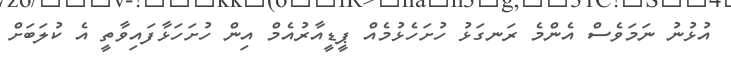
އުޅުނު ނަމަވެސް އެންމެ ރަނގަޅު ހުށަހެޅުމެއް ޕީޑީއާރުއެމް އިން ހުށަހަޅާފައިވާތީ އެ ކުލަބަށް